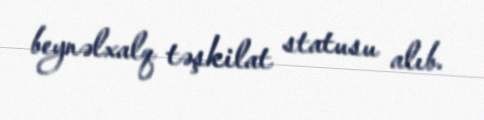
beynəlxalq təşkilat statusu alıb.